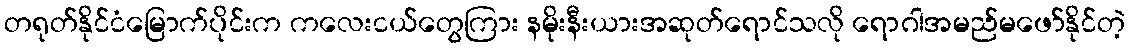
တရုတ်နိုင်ငံမြောက်ပိုင်းက ကလေးငယ်တွေကြား နမိုးနီးယားအဆုတ်ရောင်သလို ရောဂါအမည်မဖော်နိုင်တဲ့